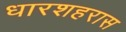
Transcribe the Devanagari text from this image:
धारशहरास